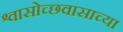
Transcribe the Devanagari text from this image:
श्वासोच्छवासाच्या